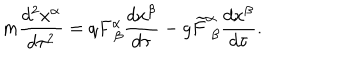
LaTeX: m \frac { d ^ { 2 } x ^ { \alpha } } { d \tau ^ { 2 } } = q F _ { ~ \beta } ^ { \alpha } \frac { d x ^ { \beta } } { d \tau } - g \widetilde { F } _ { ~ \beta } ^ { \alpha } \frac { d x ^ { \beta } } { d \tau } .